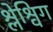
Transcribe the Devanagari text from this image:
श्लेश्विग